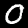
Label: 0